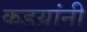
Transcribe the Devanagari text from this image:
कडय़ांनी